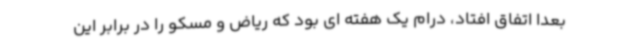
بعدا اتفاق افتاد، درام یک هفته ای بود که ریاض و مسکو را در برابر این